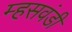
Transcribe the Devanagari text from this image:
म्हसवंडी